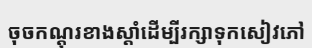
ចុចកណ្តុរខាងស្តាំដើម្បីរក្សាទុកសៀវភៅ